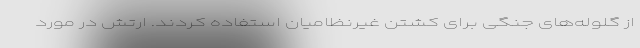
از گلوله‌های جنگی برای کشتن غیرنظامیان استفاده کردند. ارتش در مورد